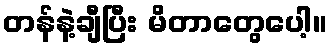
တန်နဲ့ချီပြီး မိတာတွေပေါ့။